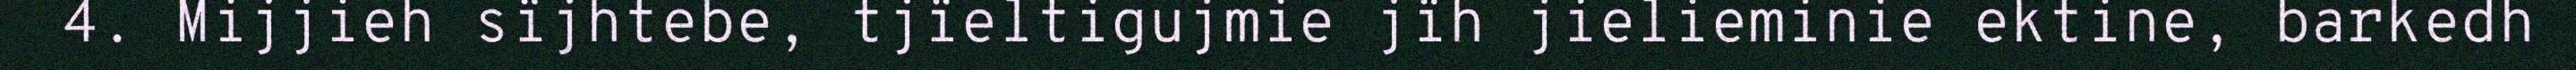
4. Mijjieh sïjhtebe, tjïeltigujmie jïh jielieminie ektine, barkedh